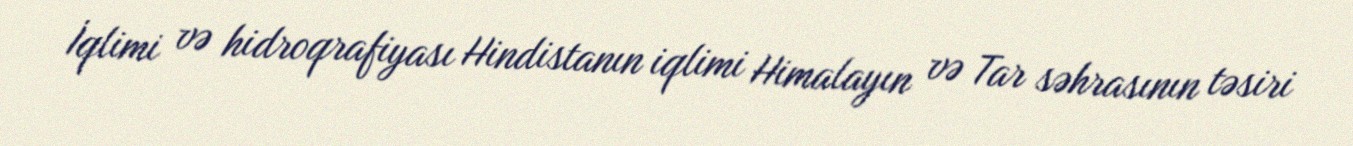
İqlimi və hidroqrafiyası Hindistanın iqlimi Himalayın və Tar səhrasının təsiri